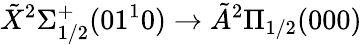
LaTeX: \tilde{X}{}^{2}\Sigma_{1/2}^{+}(01^{1}0)\rightarrow\tilde{A}{}^{2}\Pi_{1/2}(000)